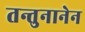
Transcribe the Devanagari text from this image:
तन्तुनानेन